Vaccine operations Central Provinces 1868-1885 - 1868-1885
Year: 1868
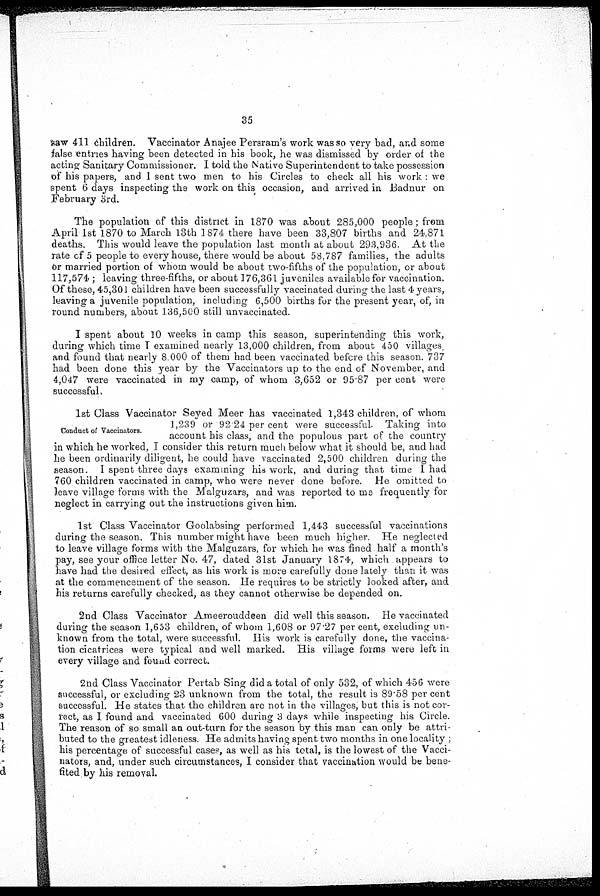
35
saw 411 children. Vaccinator Anajee Persram's work was so very bad, and some
false entries having been detected in his book, he was dismissed by order of the
acting Sanitary Commissioner. I told the Native Superintendent to take possession
of his papers, and I sent two men to his Circles to check all his work : we
spent 6 days inspecting the work on this occasion, and arrived in Badnur on
February 3rd.
The population of this district in 1870 was about 285,000 people; from
April 1st 1870 to March 13th 1874 there have been 33,807 births and 24,871
deaths. This would leave the population last month at about 293,936. At the
rate of 5 people to every house, there would be about 58,787 families, the adults
or married portion of whom would be about two-fifths of the population, or about
117,574 ; leaving three-fifths, or about 176,361 juveniles available for vaccination.
Of these, 45,301 children have been successfully vaccinated during the last 4 years,
leaving a juvenile population, including 6,500 births for the present year, of, in
round numbers, about 136,500 still unvaccinated.
I spent about 10 weeks in camp this season, superintending this work,
during which time I examined nearly 13,000 children, from about 450 villages,
and found that nearly 8,000 of them had been vaccinated before this season. 737
had been done this year by the Vaccinators up to the end of November, and
4,047 were vaccinated in my camp, of whom 3,652 or 95.87 per cent were
successful.
Conduct of Vaccinators.
1st Class Vaccinator Seyed Meer has vaccinated 1,343 children, of whom
1,239 or 92 24 per cent were successful. Taking into
account his class, and the populous part of the country
in which he worked, I consider this return much below what it should be, and had
be been ordinarily diligent, he could have vaccinated 2,500 children during the
season. I spent three days examining his work, and during that time I had
760 children vaccinated in camp, who were never done before. He omitted to
leave village forms with the Malguzars, and was reported to me frequently for
neglect in carrying out the instructions given him.
1st Class Vaccinator Goolabsing performed 1,443 successful vaccinations
during the season. This number might have been much higher. He neglected
to leave village forms with the Malguzars, for which he was fined half a month's
pay, see your office letter No. 47, dated 31st January 1874, which appears to
have had the desired effect, as his work is more carefully done lately than it was
at the commencement of the season. He requires to be strictly looked after, and
his returns carefully checked, as they cannot otherwise be depended on.
2nd Class Vaccinator Ameerouddeen did well this season. He vaccinated
during the season 1,653 children, of whom 1,608 or 97.27 per cent, excluding un-
known from the total, were successful. His work is carefully done, the vaccina-
tion cicatrices were typical and well marked. His village forms were left in
every village and found correct.
2nd Class Vaccinator Pertab Sing did a total of only 532, of which 456 were
successful, or excluding 23 unknown from the total, the result is 89.58 per cent
successful. He states that the children are not in the villages, but this is not cor-
rect, as I found and vaccinated 600 during 3 days while inspecting his Circle.
The reason of so small an out-turn for the season by this man can only be attri-
buted to the greatest idleness. He admits having spent two months in one locality ;
his percentage of successful cases, as well as his total, is the lowest of the Vacci-
nators, and, under such circumstances, I consider that vaccination would be bene-
fited by his removal.